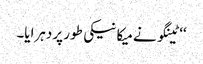
‘‘ ٹینگو نے میکانیکی طور پر دہرایا۔